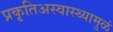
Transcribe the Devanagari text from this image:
प्रकृतिअस्वास्थ्यामुळं